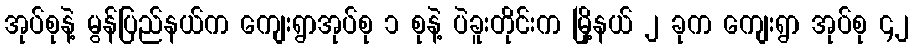
အုပ်စုနဲ့ မွန်ပြည်နယ်က ကျေးရွာအုပ်စု ၁ စုနဲ့ ပဲခူးတိုင်းက မြို့နယ် ၂ ခုက ကျေးရွာ အုပ်စု ၄၂